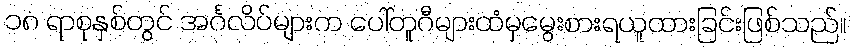
၁၈ ရာစုနှစ်တွင် အင်္ဂလိပ်များက ပေါ်တူဂီများထံမှမွေးစားရယူထားခြင်းဖြစ်သည်။